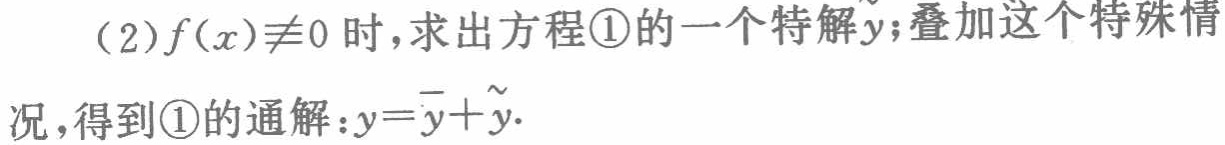
（2）$f(x)\neq0$时，求出方程\textcircled{1}的一个特解$\tilde{y}$；叠加这个特殊情况，得到\textcircled{1}的通解：$y = \overline{y}+\tilde{y}$.